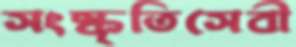
সংস্কৃতিসেবী